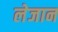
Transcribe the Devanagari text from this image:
लेजान